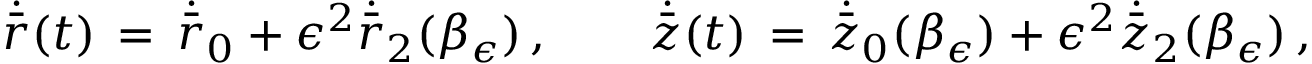
\dot { \bar { r } } ( t ) \, = \, \dot { \bar { r } } _ { 0 } + \epsilon ^ { 2 } \dot { \bar { r } } _ { 2 } ( \beta _ { \epsilon } ) \, , \qquad \dot { \bar { z } } ( t ) \, = \, \dot { \bar { z } } _ { 0 } ( \beta _ { \epsilon } ) + \epsilon ^ { 2 } \dot { \bar { z } } _ { 2 } ( \beta _ { \epsilon } ) \, ,